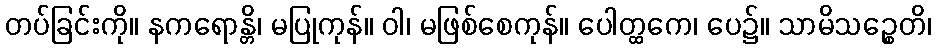
တပ်ခြင်းကို။ နကရောန္တိ၊ မပြုကုန်။ ဝါ၊ မဖြစ်စေကုန်။ ပေါတ္ထကေ၊ ပေ၌။ သာမိသဉ္စေတိ၊